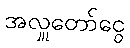
အလှူတော်ငွေ